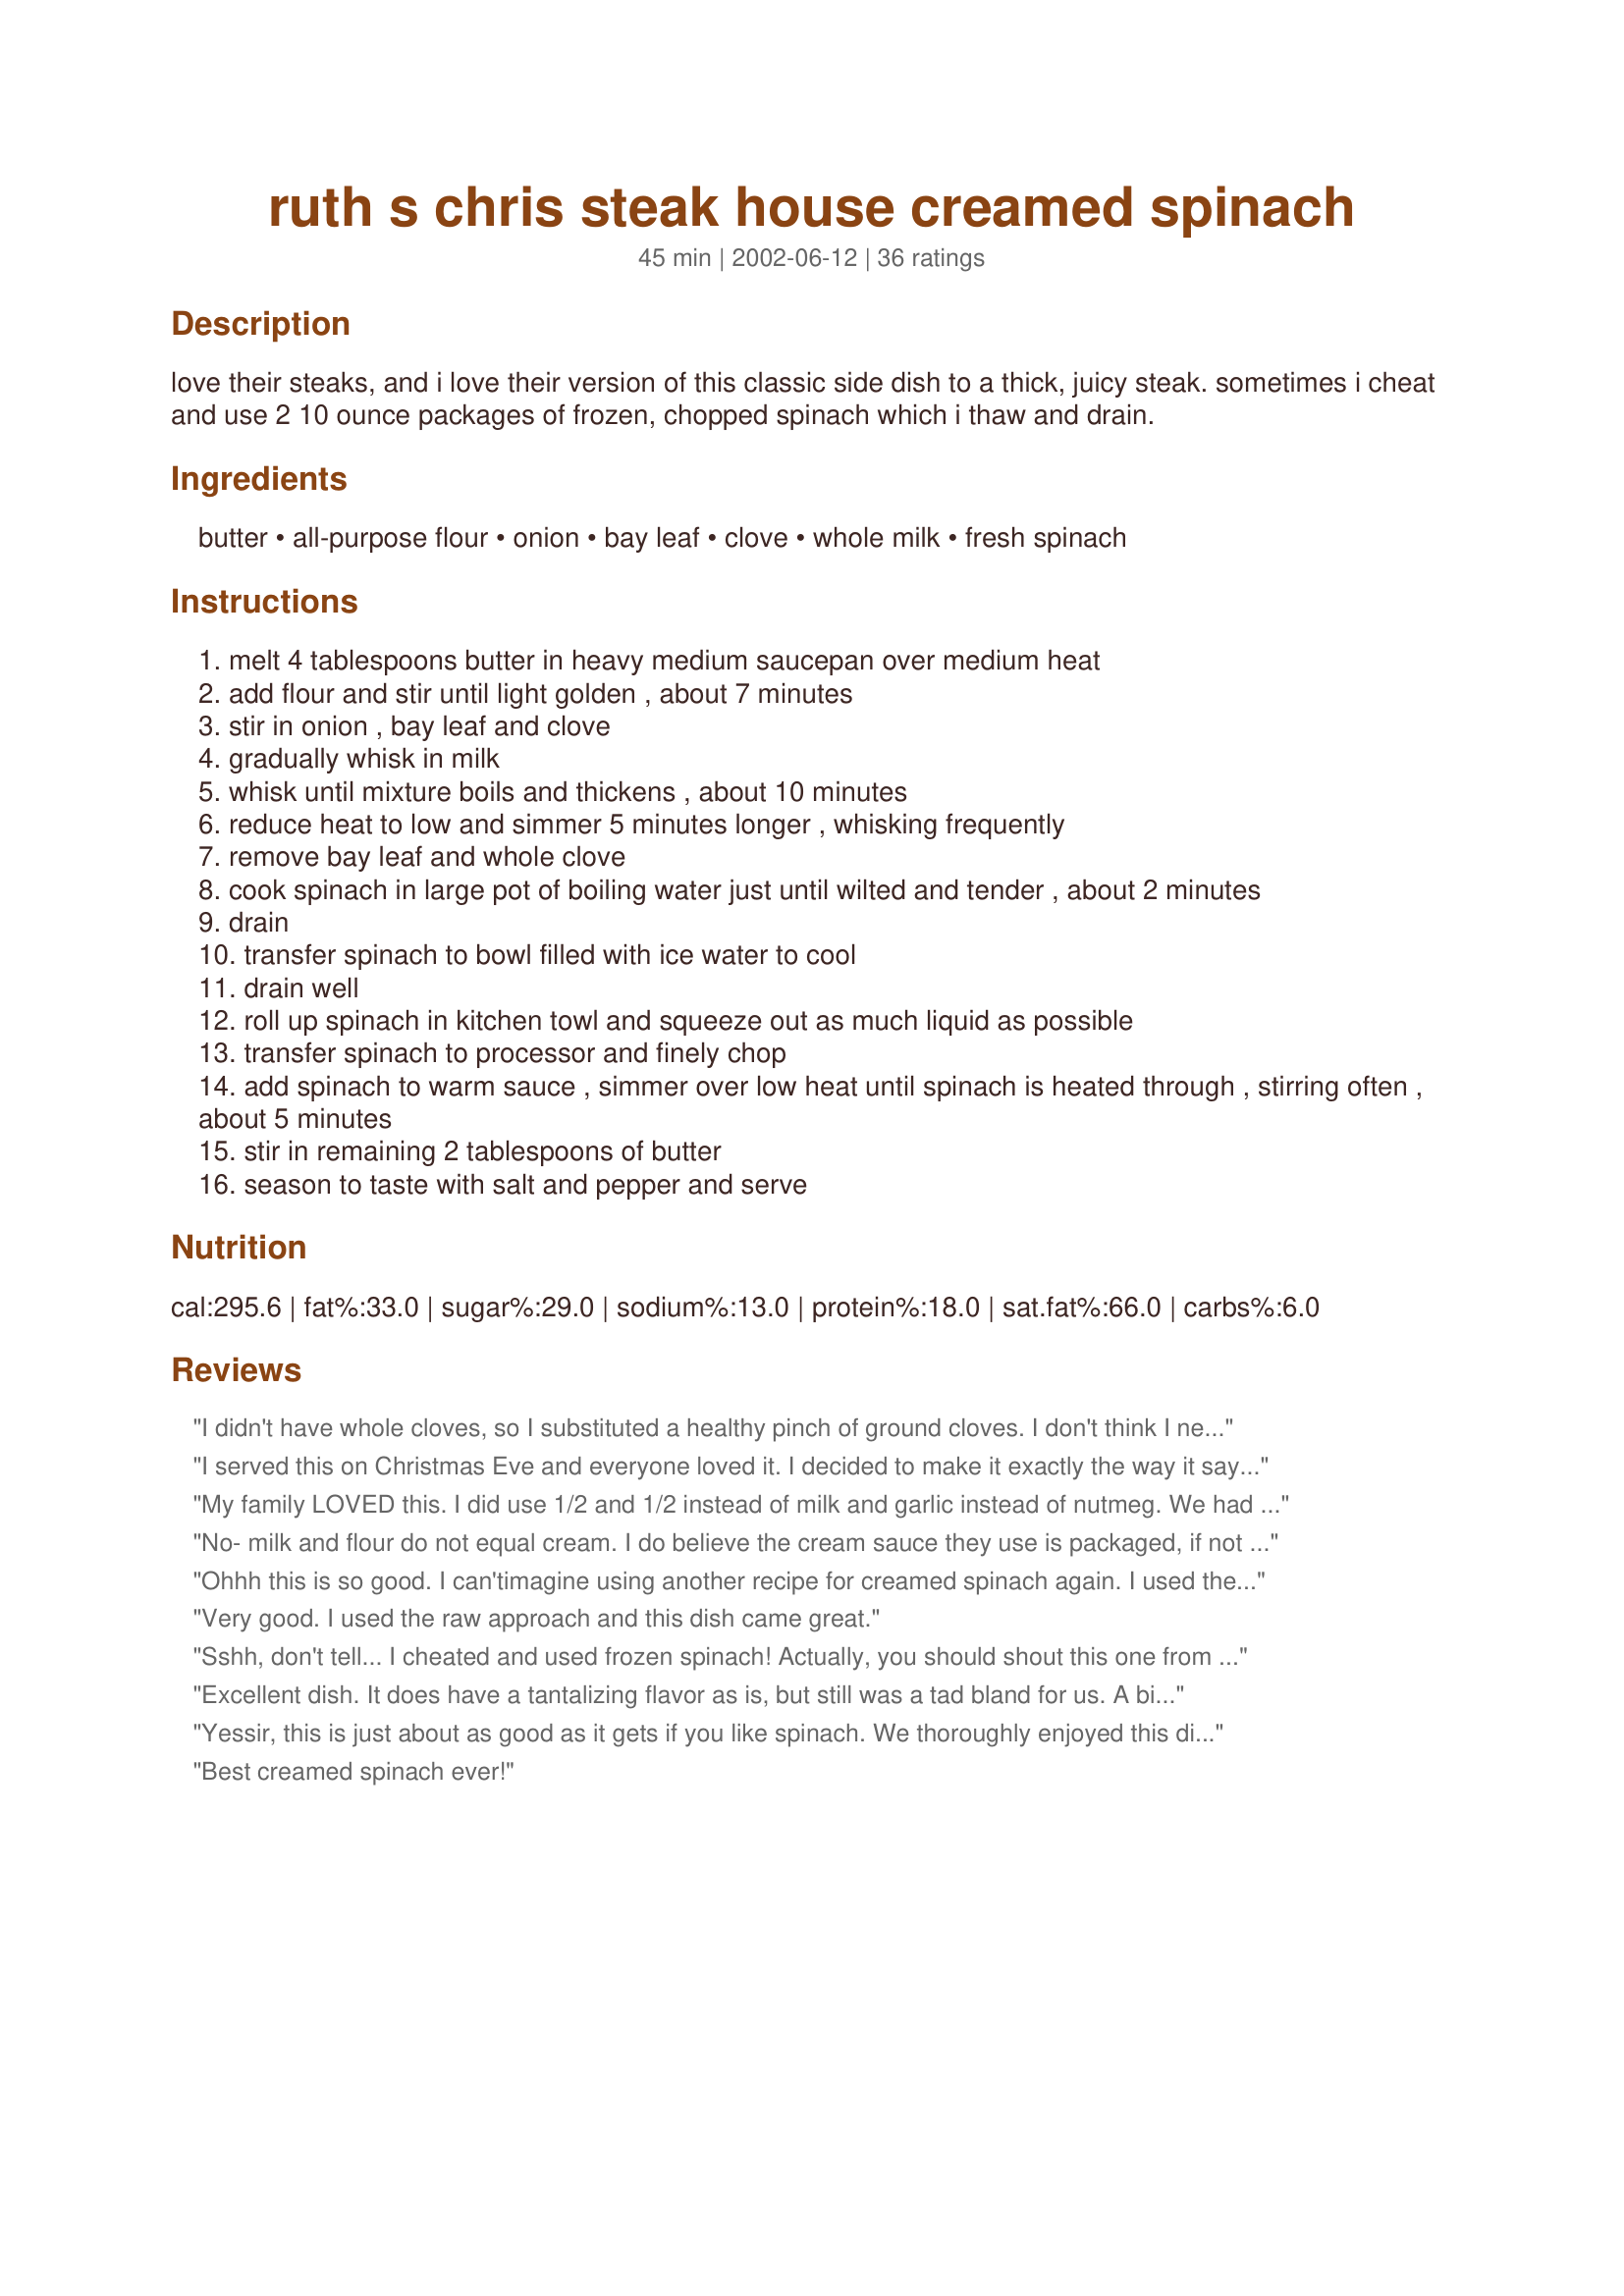
ruth s chris steak house creamed spinach
Preparation time: 45 minutes

love their steaks, and i love their version of this classic side dish to a thick, juicy steak. sometimes i cheat and use 2 10 ounce packages of frozen, chopped spinach which i thaw and drain.

Ingredients:
butter, all-purpose flour, onion, bay leaf, clove, whole milk, fresh spinach

Steps:
melt 4 tablespoons butter in heavy medium saucepan over medium heat
add flour and stir until light golden , about 7 minutes
stir in onion , bay leaf and clove
gradually whisk in milk
whisk until mixture boils and thickens , about 10 minutes
reduce heat to low and simmer 5 minutes longer , whisking frequently
remove bay leaf and whole clove
cook spinach in large pot of boiling water just until wilted and tender , about 2 minutes
drain
transfer spinach to bowl filled with ice water to cool
drain well
roll up spinach in kitchen towl and squeeze out as much liquid as possible
transfer spinach to processor and finely chop
add spinach to warm sauce , simmer over low heat until spinach is heated through , stirring often , about 5 minutes
stir in remaining 2 tablespoons of butter
season to taste with salt and pepper and serve

Reviews:
I didn't have whole cloves, so I substituted a healthy pinch of ground cloves. I don't think I need to look any further for the perfect creamed spinach. Thank you for posting, Yooper.
I served this on Christmas Eve and everyone loved it. I decided to make it exactly the way it says, and I don't regret the extra time that it took to use fresh spinach. It was well worth it. For once I have a side dish that is as memorable as the main course. Thanks!
My family LOVED this. I did use 1/2 and 1/2 instead of milk and garlic instead of nutmeg. We had NO leftovers!
No- milk and flour do not equal cream. I do believe the cream sauce they use is packaged, if not it is a cream cheese that is used to make the cream sauce. But it's not milk and flour (and butter) the flour/butter roux make it taste like paste.
Ohhh this is so good. I can'timagine using another recipe for creamed spinach again. I used the 10 oz packs of frozen chopped spinach and it came out great. Even used lower fat milk and I don't think you could tell the difference....if you like creamed spinach...this is the recipe for you.
Very good. I used the raw approach and this dish came great.
Sshh, don't tell... I cheated and used frozen spinach! Actually, you should shout this one from a hilltop because the flavor is fabulous! I always wondered what it was about Ruth's Chris Steak House recipe that I couldn't duplicate... bay and clove! Never would have guessed it. I added 1 minced shallot to the recipe on my second try and really enjoyed the little extra flavor, but the recipe is great with onion alone. I paired this with pan seared tofu for a dish that hints of paleek paneer(one of my favorite indian dishes). Remember that just because it's a steak house recipe doesn't mean it can't be used for vegetarian purposes! All in all, a savoury dish that was greatly enjoyed.
Excellent dish. It does have a tantalizing flavor as is, but still was a tad bland for us. A bit of shallot, nutmeg and a hint of cayenne pepper help. It also needs some salt and pepper. We used fresh spinach (not pre-washed or bagged) and did not pre-cook it. That helped the with the consistency, color and flavor. We also skipped the butter at the end with no ill effect. I don't think I'll ever pre-cook spinach again. I have a very tough time getting anything green into my kids and they loved this - that makes it a winner in our house. Thanks for posting!
Yessir, this is just about as good as it gets if you like spinach. We thoroughly enjoyed this dish. The bay leaf and the clove gave just hints of seasoning which were tantalizing. Nice and creamy, and a beautiful color if you use fresh spinach. Just remember to rinse those bags of "prewashed" spinach anyway, because sometimes they don't always get the sand out. This dish was just wonderful for us. Thanks for posting and sharing.
Best creamed spinach ever!
I used this in a spinach dip instead of buying frozen creamed spinach and it was perfect! Really a very good dish. Thank you :)
Excellent recipe - the sauce was divine! I wound up with what seemed like twice as much sauce as I needed, but that's okay as I served it with penne pasta as a sauce - yummy! I also added a bit of nutmeg, and cut some of the fat by using 3 TBSP of butter and a bit of olive oil in the first step, fat-free half and half instead aof milk, and Butter Buds instead of butter at the end. Tasted great to me!
I made this with chopped beet greens and it was delicious! I had everything but the clove, so I am looking forward to trying it with that addition in the future, but even without it, the dish was terrific. Thanks!
I adjusted this recipe slightly and man oh man was it awesome and easy! First - fresh spinach - chopped smallish per another review. Sauted onion in the butter before adding the flour. Didn&#039;t have a clove so added a bit of nutmeg. Used 1/2 and 1/2 cause I had some on hand. Put the raw spinach into the cream mixture after milk added and stirred to soften / wilt / cook. Thanks to poster and other reviewers to make this recipe so easy and exceptionally good.
This was great! I steamed my spinach and then added ice cubes to chill it down. I also hand chopped on a cutting board after drying. Came out perfect. Thanx!
Wow. Completely lacking in flavor. How could anyone like this???
My family wasn't thrilled with this recipe, I think they may just prefer cooked spinach without the sauce. I think it's important that it is seasoned well with salt & pepper and kept hot when served, it really makes a difference. It would probably also be improved with the addition of some minced garlic.
I did exactly what the instructions said and it came out JUST like ruth's chris. Delicious. Will make again!!
Best creamed spinach I ever ate
Hello yooper, now I know the secret! bay leaf and clove! Add a hint of nutmeg to that and you have yourself a winner! Have been testing spinach recipes for the residents here at the home ~ hoping that some combination will whet their appetites enough for them to eat a vegetable! I know this was eaten by a few ~ but we don't make too large a batch and only try it with a few of the most adventurous(sp?)eaters. Thanks so much for sharing this delightful recipe, Diane :=)
I had to make this for myself, as I am the only spinach lover in the house. They don't know what they are missing! I didn't and wouldn't change a thing! The only thing that would have made it better; a piece of Ruths Chris Carmelized Banana Cream Pie, for dessert! Thanks yooper!
wowwwzer!! this is decadent - not exactly a healthy way to eat veggies. however,delicious!
This is a fantastic Spinach recipe! I bought fresh Spinach at my grocery and severely underestimated the total amount once it was cooked. Other than my silly mistake the recipe is really really good and goes great with a good steak!
Good recipe...I cut an onion in half and then sliced...
very good. This is my favorite thing to order there. I'm vegan since the last time I ordered this a the restaurant. I used soy milk and earth balance butter here and to me it tasted just like RC's. Good eats, there were no leftovers.
I've had it. It is to die for!
Delicious! So easy to make (I cheated and used frozen spinach), and this still managed to upstage the steak that it went with.
Outstanding.
This was really good. I cooked the spinach in a microwave steam bag for 2 minutes (in batches) and I only had 2% milk, but this was still creamy and full of flavor.
I normally love this at Ruth's Chris but I like my recipe better. I add 1/2 cup of freshly grated Parmesan cheese and it gives it the kick and flavor it needs.
I can't remember the last time I had this at Ruth's Chris, but I sure did like it your way! :) Thanks, very good!
Having never been to Ruth's Chris, but LOVING Creamed Spinach, I had to try this recipe!! I was not disappointed, it is wonderful! I think I may change my 'Zaar name to the Shortcutter, because, if there is a short cut, I will find it. Instead of cooking the spinach first (and cooling, draining and drying) I put the raw spinach in the food processor and gave it a whirl. I added the raw minced spinach to the thick cream sauce and let it cook for the 5+/- minutes as recommended. I did that for two reasons: the time as I've said, but also the nutrition. If you boil it first, your vitamins (if they don't die in the boiling water) get leached out and go down the drain. This way, cooking on low heat for the 5 minutes softens the spinach and retains the nutrition. I also pumped up the clove and added nutmeg as a personal preference. Thank you Yooper, dinner was wonderful!
Very, very good recipe! Even better the second day! A little more trouble than I usually take for a side dish, but so worth it with a nice steak dinner. The bay leave and clove definitely added to the flavor. Thanks!
i love this dish. it is grrreat. when we go to ruths chris i dont care if i have a steak or not...as long as i get creamed spinach and the sweet potatoe casserole.
This was okay - I've never had it in the SteakHouse, but if I were to do it again, I'd add some nutmeg and some Parmesan cheese. But I probably wouldn't make this recipe again.
I'm sorry I'm only giving this 3 stars, but it didn't come out as I expected. I'm not sure if I did something wrong, but the final result had a burnt taste. I think I may have had the heat on a bit too high for the roux or perhaps 7 minutes is too long to cook it. I also cooked the onion in the butter first before adding the flour. I will attempt this again as we love spinach, but will make a few slight changes. I used frozen spinach as well.
